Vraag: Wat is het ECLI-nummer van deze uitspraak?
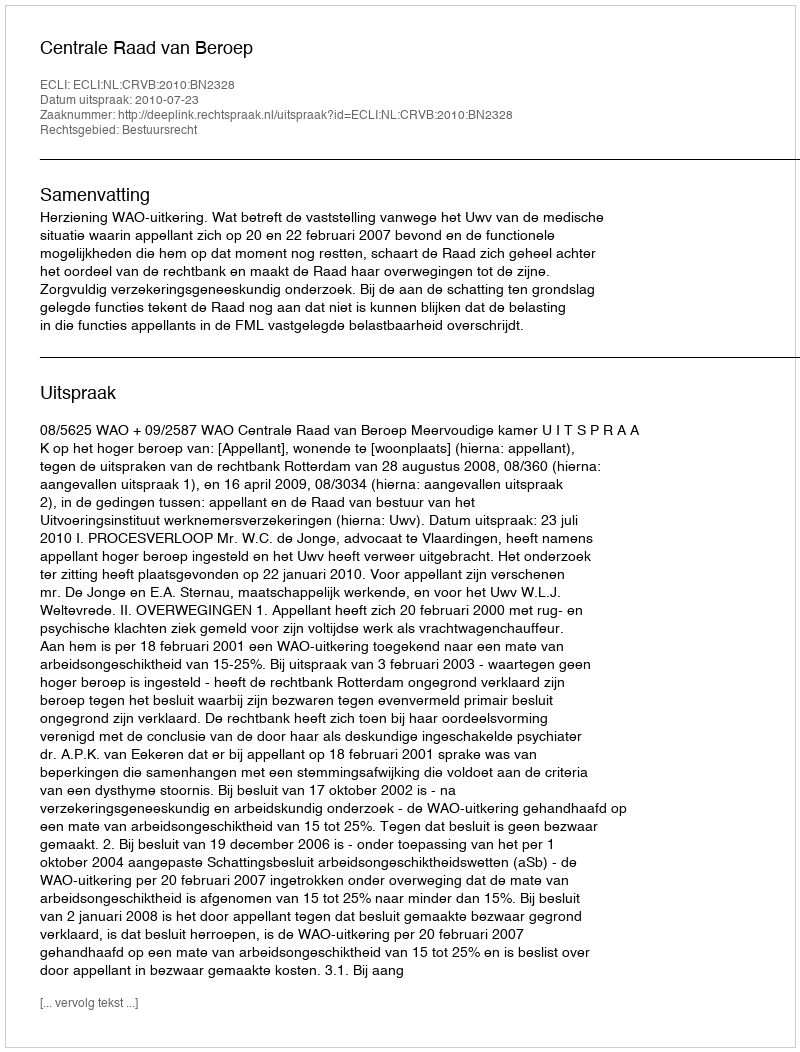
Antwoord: ECLI:NL:CRVB:2010:BN2328